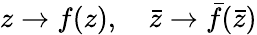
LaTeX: z\rightarrow f(z),\quad\bar{z}\rightarrow\bar{f}(\bar{z})